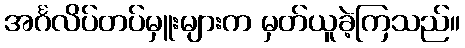
အင်္ဂလိပ်တပ်မှူးများက မှတ်ယူခဲ့ကြသည်။